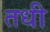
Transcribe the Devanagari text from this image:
तधी